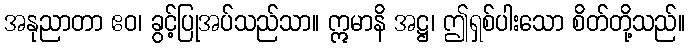
အနုညာတာ ဧဝ၊ ခွင့်ပြုအပ်သည်သာ။ ဣမာနိ အဋ္ဌ၊ ဤရှစ်ပါးသော စိတ်တို့သည်။